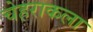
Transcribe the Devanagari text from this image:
चेहराकला